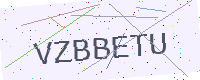
Text: VZBBETU